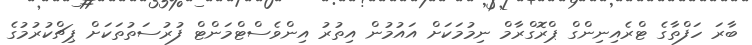
ބާރަ ހަފްތާގެ ޓްރެއިނިންގް ޕްރޮގްރާމް ނިމުމަކަށް އައުމުން އިތުރު އިންވެސްޓްމަންޓް ފުރުސަތުތަކަށް ޕިޗްކުރުމުގެ